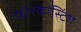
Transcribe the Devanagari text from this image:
फ़ोरकास्टिंग